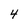
Character: 4